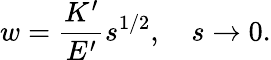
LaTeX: w=\frac{K^{\prime}}{E^{\prime}}s^{1/2},\quad s\rightarrow 0.